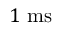
1 ~ \mathrm { m s }